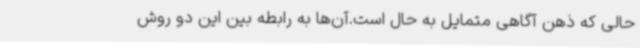
حالی که ذهن آگاهی متمایل به حال است.آن‌ها به رابطه بین این دو روش